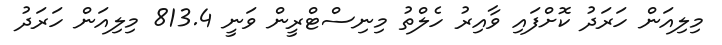
މިލިއަން ހަރަދު ކޮށްފައި ވާއިރު ހެލްތު މިނިސްޓްރީން ވަނީ 813.4 މިލިއަން ހަރަދު